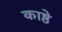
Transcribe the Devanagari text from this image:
काष्ठे